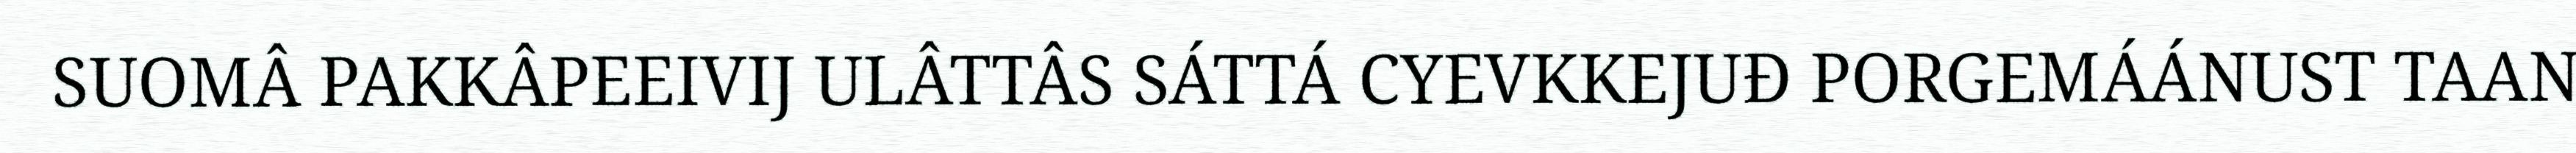
SUOMÂ PAKKÂPEEIVIJ ULÂTTÂS SÁTTÁ CYEVKKEJUĐ PORGEMÁÁNUST TAAN